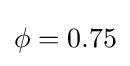
\mathrm {\phi } =0.75\,\!